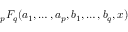
{ } _ { p } F _ { q } ( a _ { 1 } , \ldots , a _ { p } , b _ { 1 } , \ldots , b _ { q } , x )